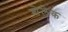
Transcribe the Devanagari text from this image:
शेलेक